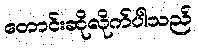
တောင်းဆိုလိုက်ပါသည်